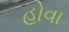
હોવા